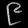
Digit: ၉